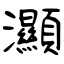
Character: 灦